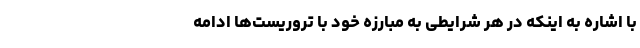
با اشاره به اینکه در هر شرایطی به مبارزه خود با تروریست‌ها ادامه